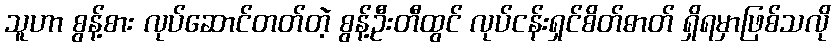
သူဟာ စွန့်စား လုပ်ဆောင်တတ်တဲ့ စွန့်ဦးတီထွင် လုပ်ငန်းရှင်စိတ်ဓာတ် ရှိရမှာဖြစ်သလို